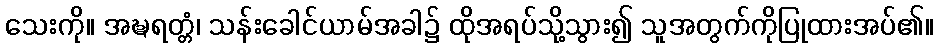
သေးကို။ အဍ္ဎရတ္တံ၊ သန်းခေါင်ယာမ်အခါ၌ ထိုအရပ်သို့သွား၍ သူအတွက်ကိုပြုထားအပ်၏။